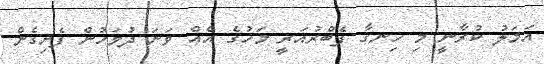
އަމަލު ކުރާނީ މި ހިނގާ ފެބްރުއަރީ މަހުގެ އެއް ވަނަ ދުވަހުން ފެށިގެން